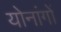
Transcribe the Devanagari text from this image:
योनांगों